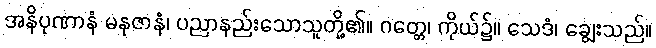
အနိပုဏာနံ မနုဇာနံ၊ ပညာနည်းသောသူတို့၏။ ဂတ္တေ၊ ကိုယ်၌။ သေဒံ၊ ချွေးသည်။